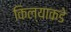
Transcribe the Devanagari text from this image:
किल्याकडे